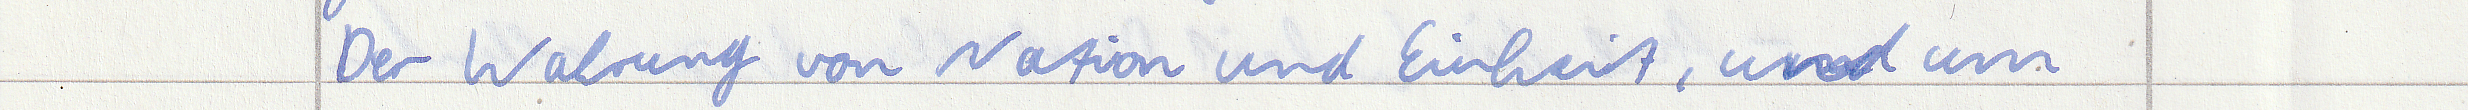
Der Wahrung von Nation und Einheit, und um